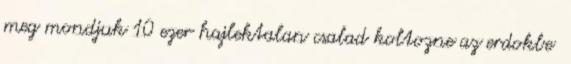
meg mondjuk 10 ezer hajlektalan csalad koltozne az erdokbe